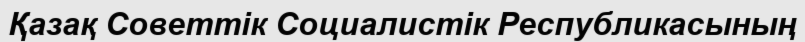
Қазақ Советтік Социалистік Республикасының